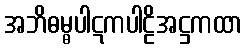
အဘိဓမ္ဓပါဋကပါဠိအဋ္ဌကထာ